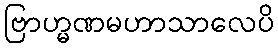
ဗြာဟ္မဏမဟာသာလေပိ